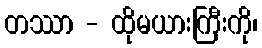
တဿာ - ထိုမယားကြီးကို၊